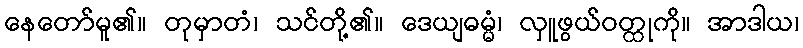
နေတော်မူ၏။ တုမှာတံ၊ သင်တို့၏။ ဒေယျဓမ္မံ၊ လှူဖွယ်ဝတ္ထုကို။ အာဒါယ၊